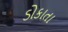
ડોકાતા